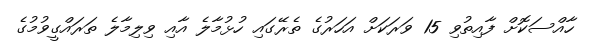
ހާއްސަކޮށް ފާއިތުވި 15 ވަރަކަށް އަހަރުގެ ތެރޭގައި ހުޅުމާލެ އާއި ވިލިމާލެ ތަރައްގީވުމުގެ